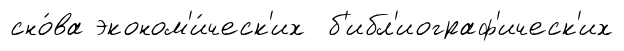
сно́ва эконом'и́ческ'их б'ибл'иограф'ическ'их